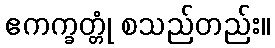
ဧကက္ခတ္တုံ စသည်တည်း။